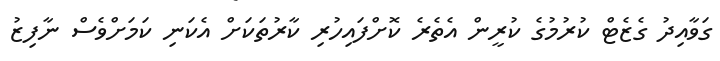
ގަވާއިދު ގެޒެޓް ކުރުމުގެ ކުރީން އެތެރެ ކޮށްފައިހުރި ކާރުތަކަށް އެކަނި ކަމަށްވެސް ނާފިޒު